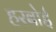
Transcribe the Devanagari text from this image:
हरबोई